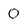
Character: 0